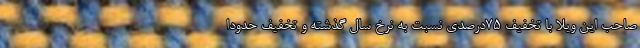
صاحب این ویلا با تخفیف ۷۵درصدی نسبت به نرخ سال گذشته و تخفیف حدودا